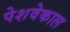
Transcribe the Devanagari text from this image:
पेशवेकाल